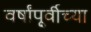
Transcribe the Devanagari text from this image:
वर्षांपू्र्वीच्या